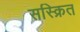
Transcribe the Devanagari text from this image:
सस्क्रित